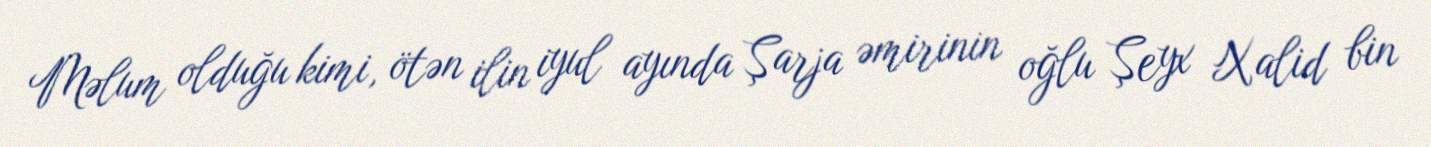
Məlum olduğu kimi, ötən ilin iyul ayında Şarja əmirinin oğlu Şeyx Xalid bin